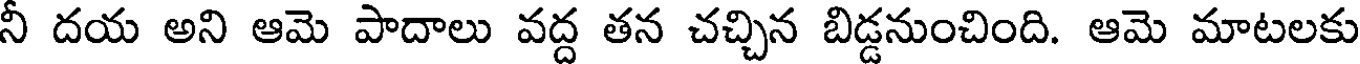
నీ దయ అని ఆమె పాదాలు వద్ద తన చచ్చిన బిడ్డనుంచింది. ఆమె మాటలకు